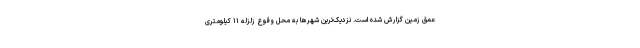
عمق زمین گزارش شده است. نزدیک‌ترین شهرها به محل وقوع زلزله ۱۱ کیلومتری